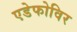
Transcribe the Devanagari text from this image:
एडेफोविर